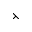
\leftthreetimes